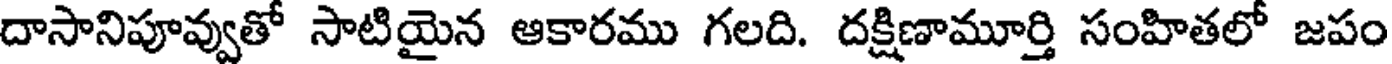
దాసానిపూవ్వుతో సాటియైన ఆకారము గలది. దక్షిణామూర్తి సంహితలో జపం